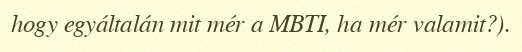
hogy egyáltalán mit mér a MBTI, ha mér valamit?).